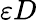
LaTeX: \varepsilon D